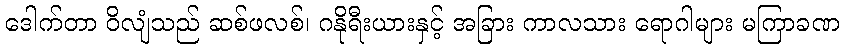
ဒေါက်တာ ဝိလျံသည် ဆစ်ဖလစ်၊ ဂနိုရီးယားနှင့် အခြား ကာလသား ရောဂါများ မကြာခဏ